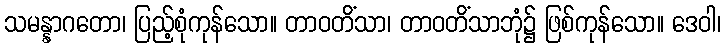
သမန္နာဂတော၊ ပြည့်စုံကုန်သော။ တာဝတိံသာ၊ တာဝတိံသာဘုံ၌ ဖြစ်ကုန်သော။ ဒေဝါ၊